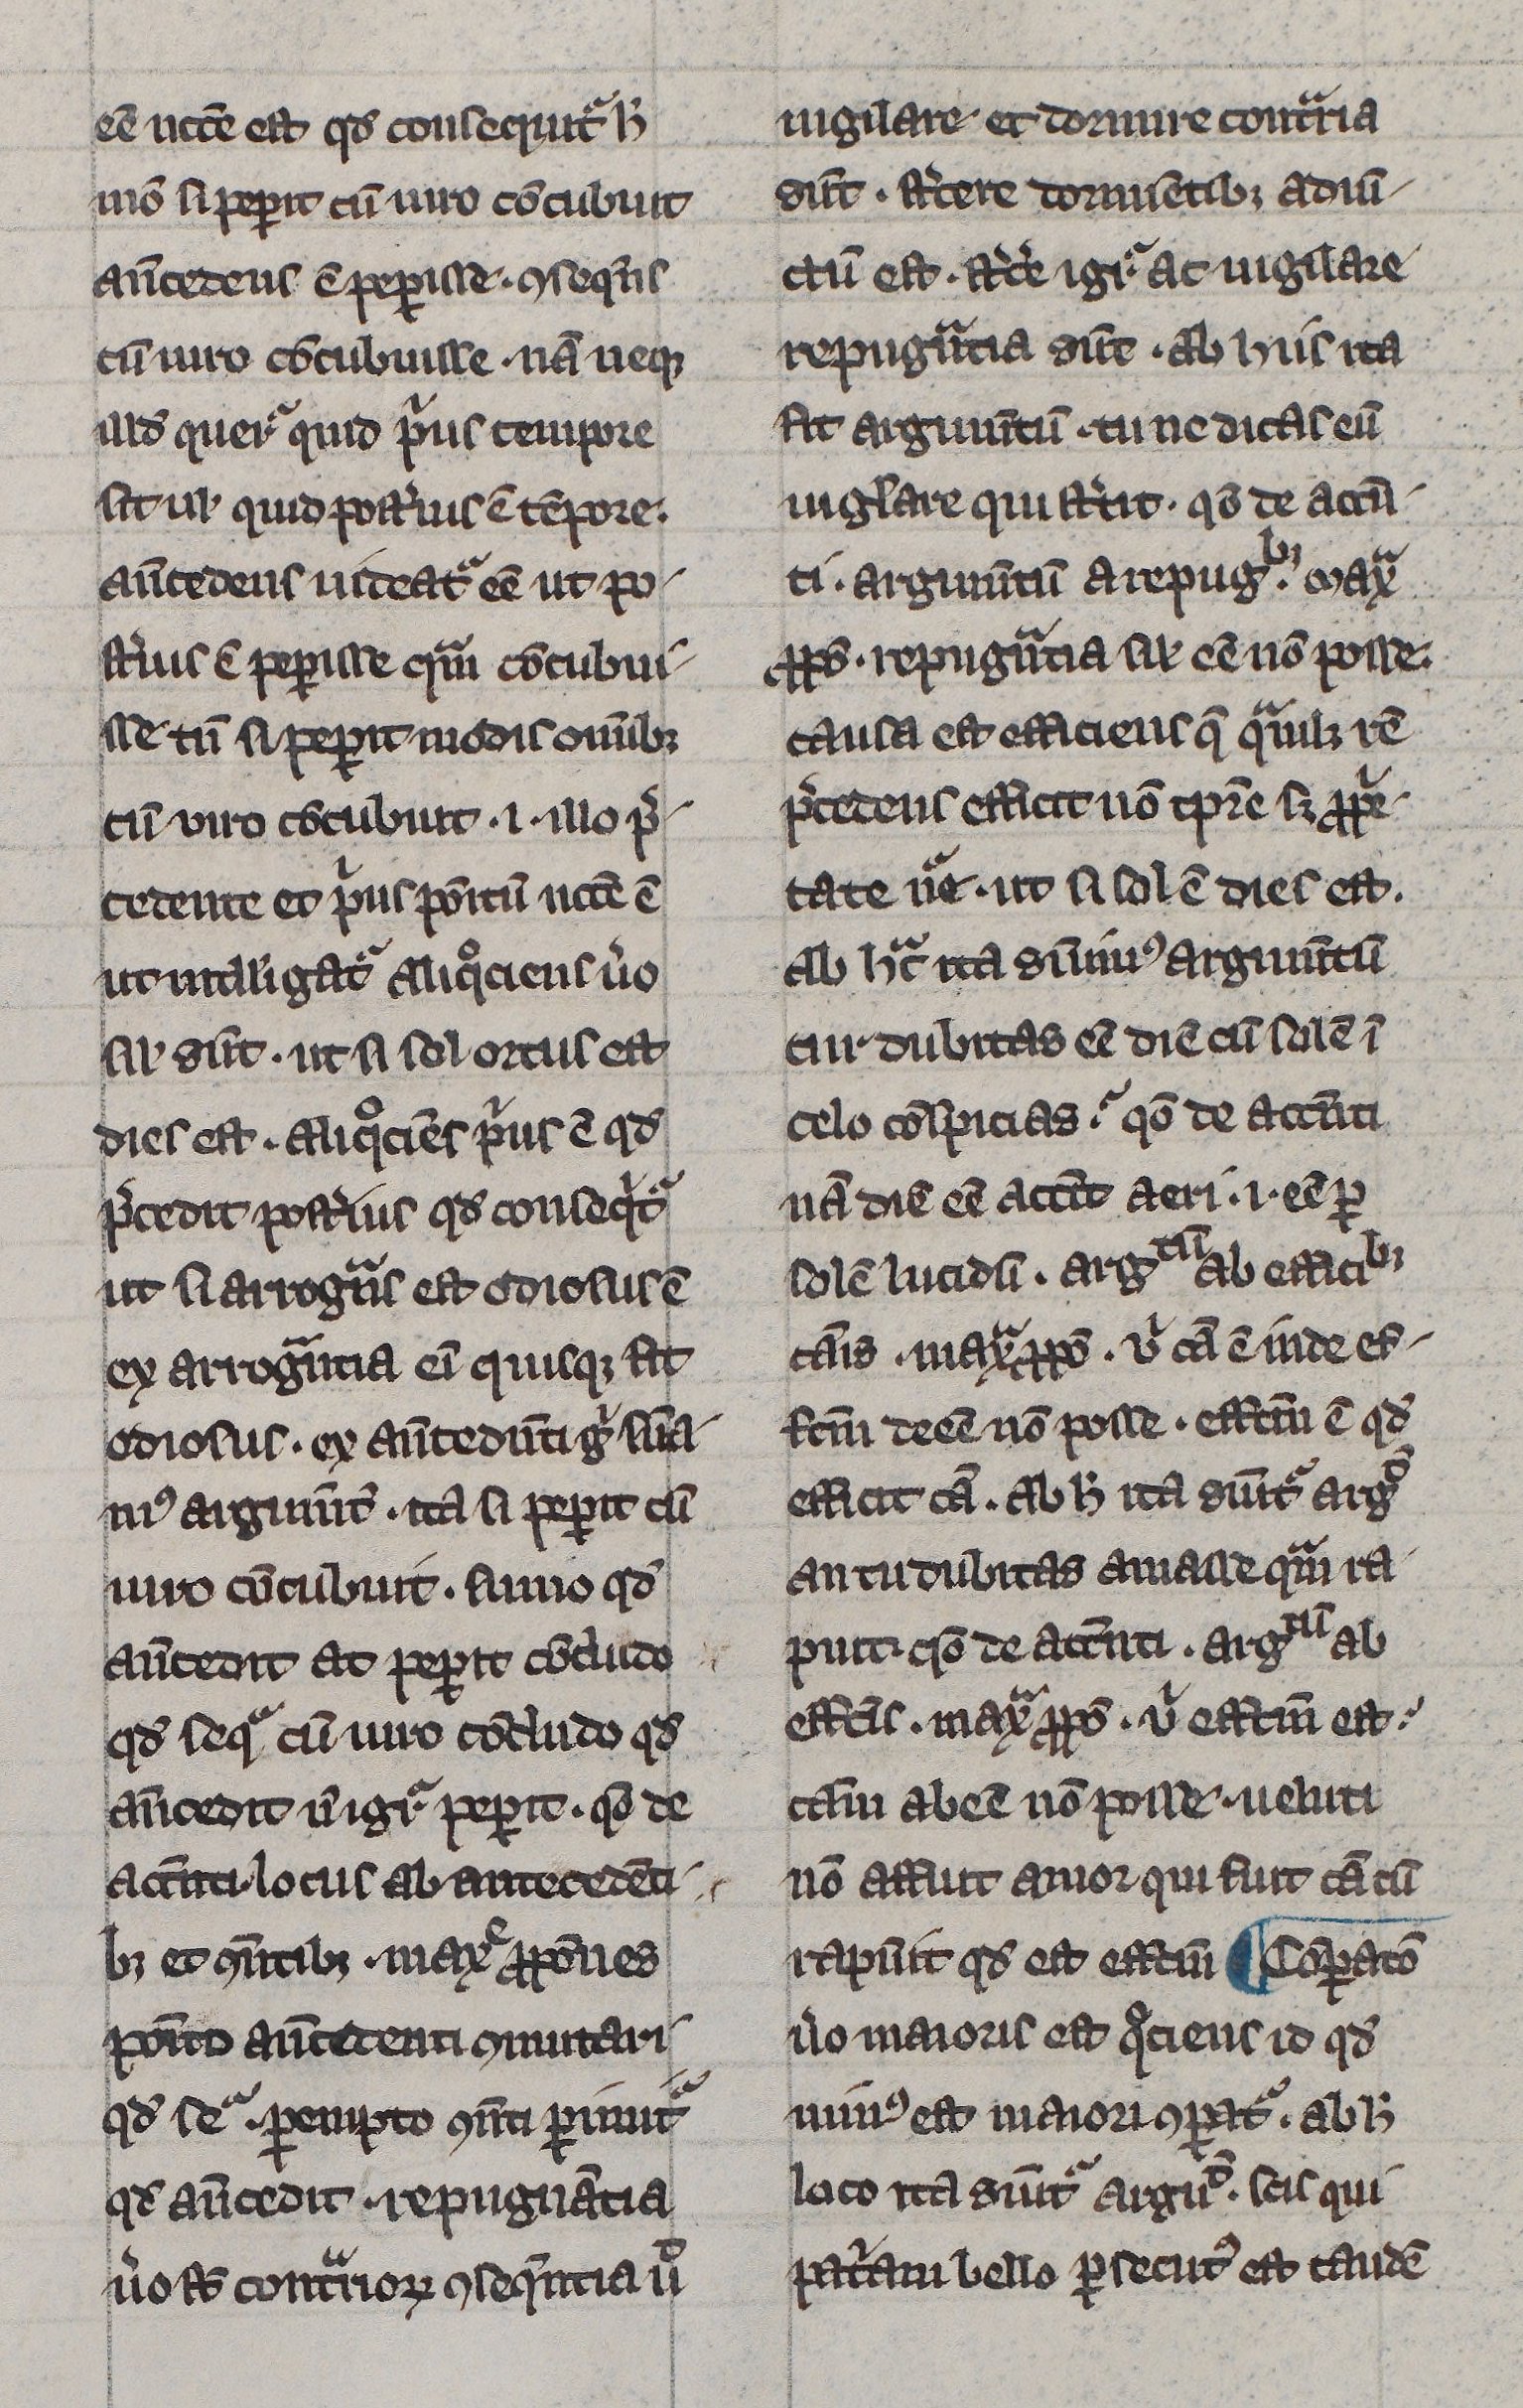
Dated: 1300–1330